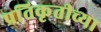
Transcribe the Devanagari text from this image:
प्रतिकृतीच्या